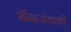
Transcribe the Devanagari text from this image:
मेनिन्जोकोकी